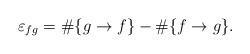
LaTeX: \begin{align*}\varepsilon_{fg}=\#\{g\rightarrow f\}-\#\{f\rightarrow g\}.\end{align*}